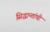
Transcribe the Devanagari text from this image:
सिद्धान्तांची